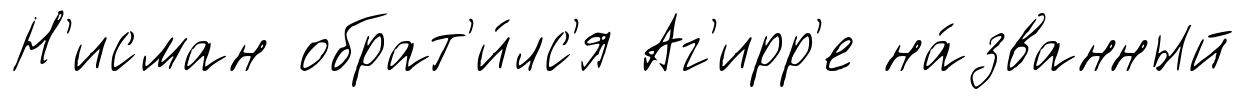
Н'исман обрат'и́лс'я Аг'ирр'е на́званный